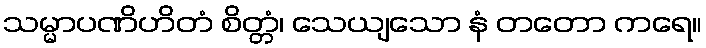
သမ္မာပဏိဟိတံ စိတ္တံ၊ သေယျသော နံ တတော ကရေ။